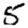
Digit: 5